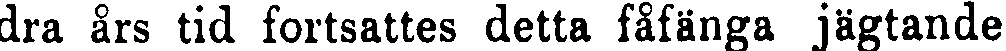
dra års tid fortsattes detta fåfänga jägtande